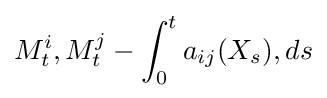
M_{t}^{i},M_{t}^{j}-\int _{0}^{t}a_{ij}(X_{s}),ds